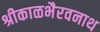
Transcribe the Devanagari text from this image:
श्रीकाळभैरवनाथ